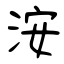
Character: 洝